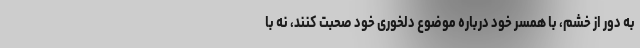
به دور از خشم، با همسر خود درباره موضوع دلخوری خود صحبت کنند، نه با